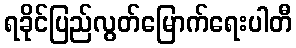
ရခိုင်ပြည်လွတ်မြောက်ရေးပါတီ